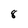
Character: 8